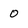
Character: 0